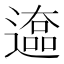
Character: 𰻒